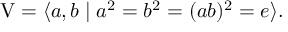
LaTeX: \mathrm { V } = \langle a , b \mid a ^ { 2 } = b ^ { 2 } = ( a b ) ^ { 2 } = e \rangle .